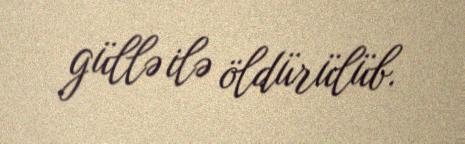
güllə ilə öldürülüb.